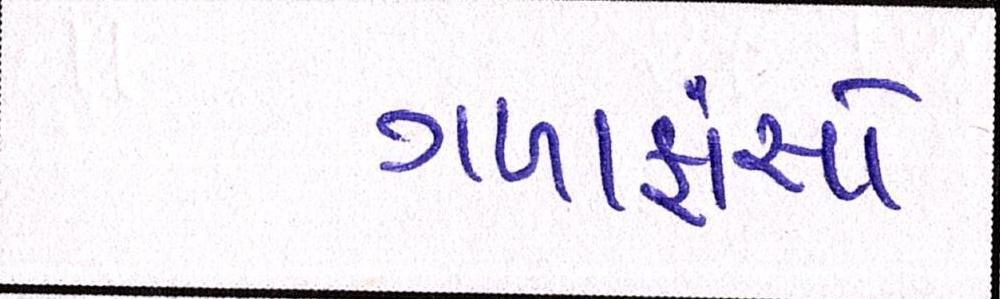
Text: ગળાફાંસો